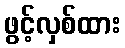
ဖွင့်လှစ်ထား